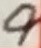
Text: 9